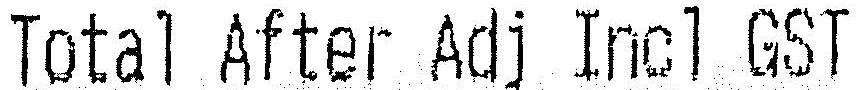
TOTAL AFTER ADJ INCL GST